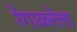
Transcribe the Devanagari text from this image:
रेंगाळलेला